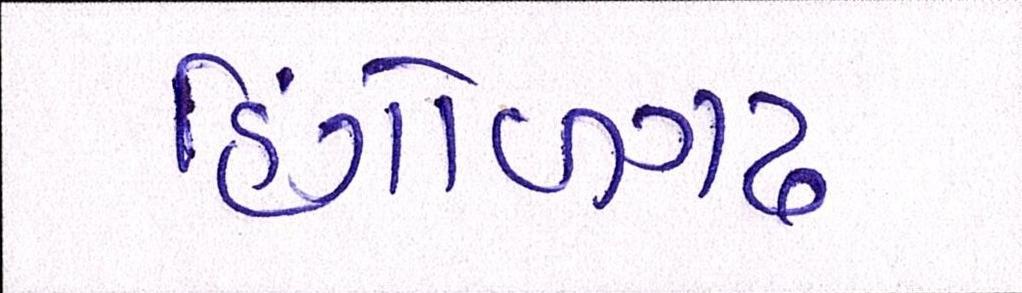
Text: હિંગોળગઢ